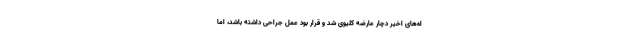
اه‌های اخیر دچار عارضه کلیوی شد و قرار بود عمل جراحی داشته باشد، اما